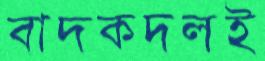
বাদকদলই